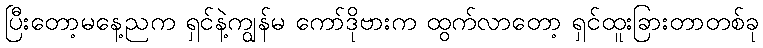
ပြီးတော့မနေ့ညက ရှင်နဲ့ကျွန်မ ကော်ဒိုဗားက ထွက်လာတော့ ရှင်ထူးခြားတာတစ်ခု